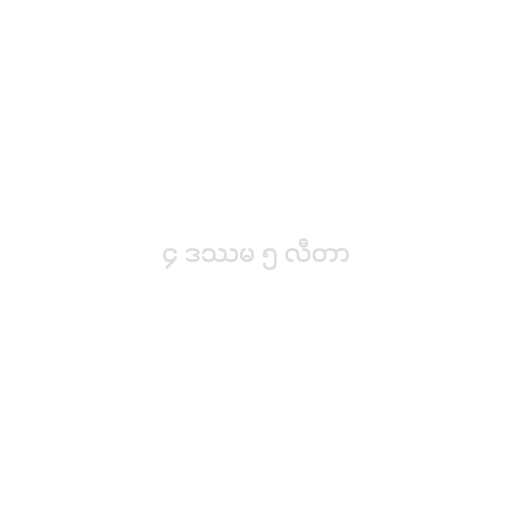
၄ ဒဿမ ၅ လီတာ